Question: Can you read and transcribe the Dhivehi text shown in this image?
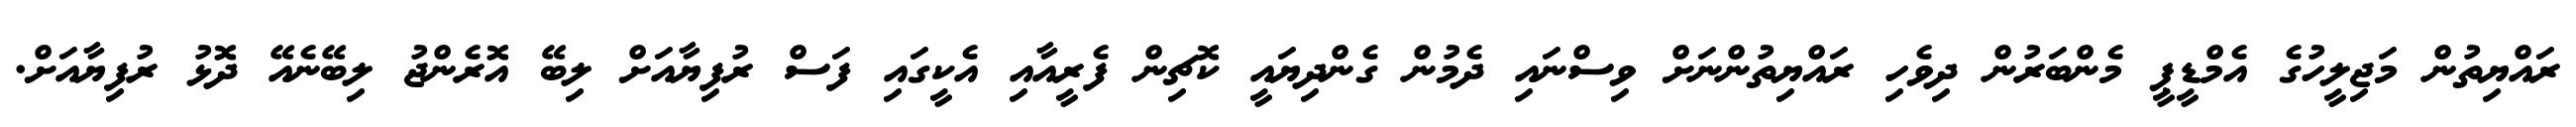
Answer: ރައްޔިތުން މަޖިލީހުގެ އެމްޑީޕީ މެންބަރުން ދިވެހި ރައްޔިތުންނަށް ވިސްނައި ދެމުން ގެންދިޔައީ ކޮޗިން ފެރީއާއި އެކީގައި ފަސް ރުފިޔާއަށް ލިބޭ އޮރެންޖު ލިބޭނެއޭ ދޮޅު ރުފިޔާއަށް.